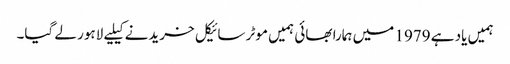
ہمیں یاد ہے 1979 میں ہمارا بھائی ہمیں موٹر سائیکل خریدنے کیلیے لاہور لے گیا۔